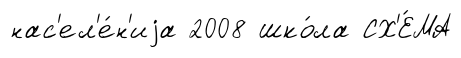
нас'ел'е́н'иjа 2008 шко́ла СХ'Е́МА